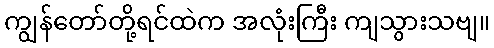
ကျွန်တော်တို့ရင်ထဲက အလုံးကြီး ကျသွားသဗျ။